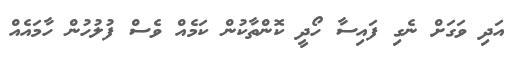
އަދި ވަގަށް ނެގި ފައިސާ ހޯދީ ކޮންތާކުން ކަމެއް ވެސް ފުލުހުން ހާމައެއް